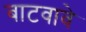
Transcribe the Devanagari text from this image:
बाटवावे